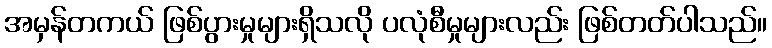
အမှန်တကယ် ဖြစ်ပွားမှုများရှိသလို ပလုံစီမှုများလည်း ဖြစ်တတ်ပါသည်။